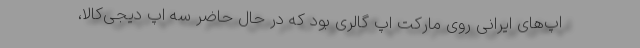
اپ‌های ایرانی روی مارکت اپ گالری بود که در حال حاضر سه اپ دیجی‌کالا،